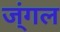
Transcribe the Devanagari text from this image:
ज्ंगल